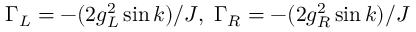
\Gamma _ { L } = - ( 2 g _ { L } ^ { 2 } \sin k ) / J , \; \Gamma _ { R } = - ( 2 g _ { R } ^ { 2 } \sin k ) / J